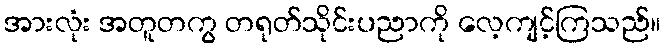
အားလုံး အတူတကွ တရုတ်သိုင်းပညာကို လေ့ကျင့်ကြသည်။